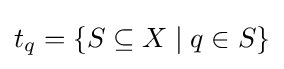
t_{q}=\{S\subseteq X\mid q\in S\}